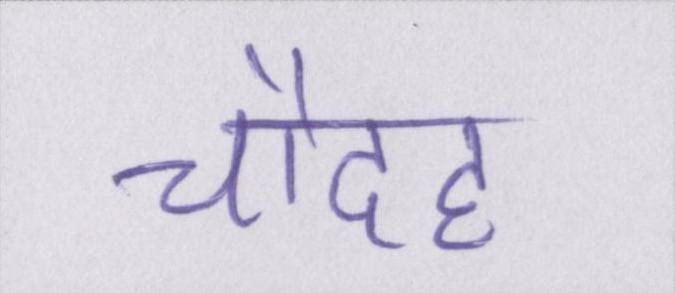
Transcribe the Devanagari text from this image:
चौदह